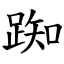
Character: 踟